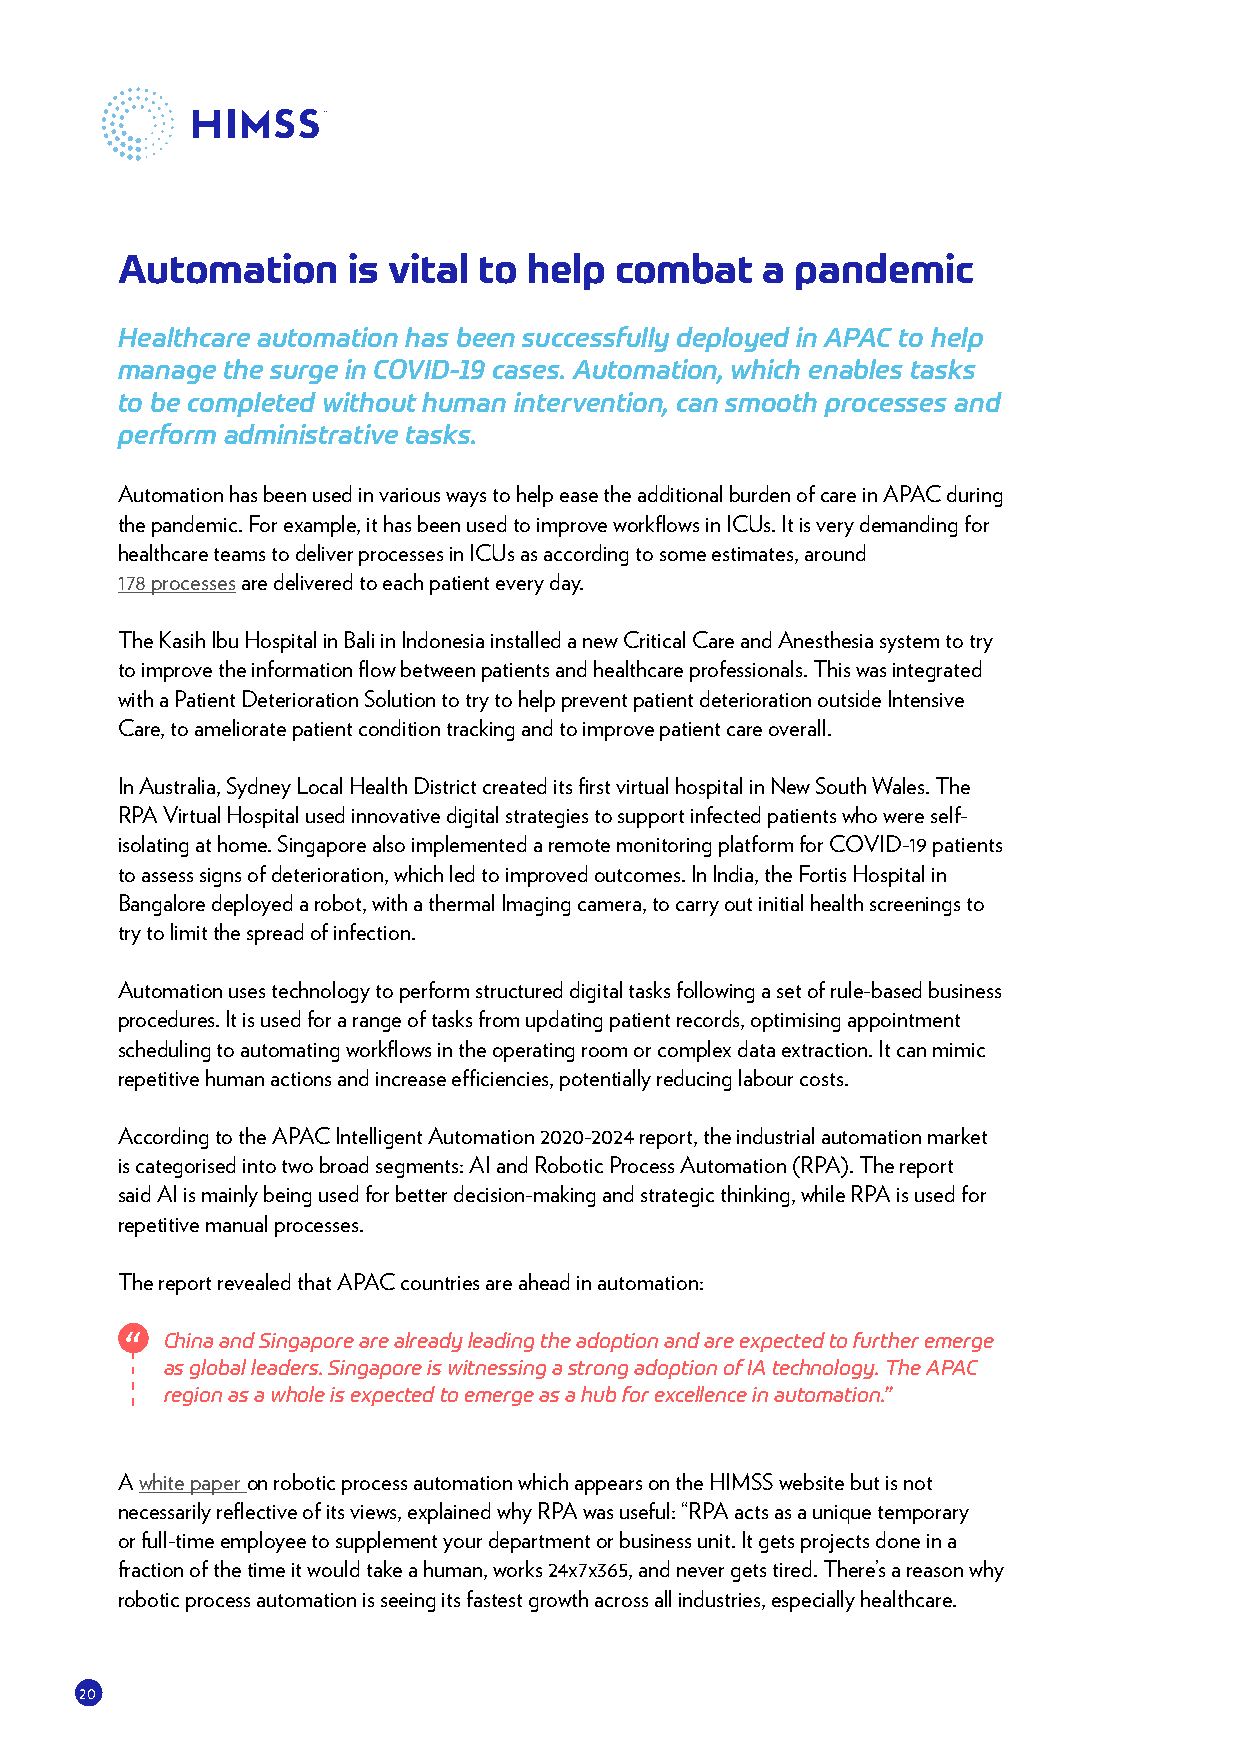
Automation     is vital to help  combat   a  pandemic
 Healthcare automation has been successfully deployed in APAC to help
 manage the surge in COVID-19 cases. Automation, which enables tasks
 to be completed without human intervention, can smooth processes and
 perform administrative tasks.
 Automation has been used in various ways to help ease the additional burden of care in APAC during
 the pandemic. For example, it has been used to improve workflows in ICUs. It is very demanding for
 healthcare teams to deliver processes in ICUs as according to some estimates, around
 178 processes are delivered to each patient every day.
 The Kasih Ibu Hospital in Bali in Indonesia installed a new Critical Care and Anesthesia system to try
 to improve the information flow between patients and healthcare professionals. This was integrated
 with a Patient Deterioration Solution to try to help prevent patient deterioration outside Intensive
 Care, to ameliorate patient condition tracking and to improve patient care overall.
 In Australia, Sydney Local Health District created its first virtual hospital in New South Wales. The
 RPA Virtual Hospital used innovative digital strategies to support infected patients who were self-
 isolating at home. Singapore also implemented a remote monitoring platform for COVID-19 patients
 to assess signs of deterioration, which led to improved outcomes. In India, the Fortis Hospital in
 Bangalore deployed a robot, with a thermal Imaging camera, to carry out initial health screenings to
 try to limit the spread of infection.
 Automation uses technology to perform structured digital tasks following a set of rule-based business
 procedures. It is used for a range of tasks from updating patient records, optimising appointment
 scheduling to automating workflows in the operating room or complex data extraction. It can mimic
 repetitive human actions and increase efficiencies, potentially reducing labour costs.
 According to the APAC Intelligent Automation 2020-2024 report, the industrial automation market
 is categorised into two broad segments: AI and Robotic Process Automation (RPA). The report
 said AI is mainly being used for better decision-making and strategic thinking, while RPA is used for
 repetitive manual processes.
 The report revealed that APAC countries are ahead in automation:
 C hina and Singapore are already leading the adoption and are expected to further emerge
 as global leaders. Singapore is witnessing a strong adoption of IA technology. The APAC
 region as a whole is expected to emerge as a hub for excellence in automation.”
 A white paper on robotic process automation which appears on the HIMSS website but is not
 necessarily reflective of its views, explained why RPA was useful: “RPA acts as a unique temporary
 or full-time employee to supplement your department or business unit. It gets projects done in a
 fraction of the time it would take a human, works 24x7x365, and never gets tired. There’s a reason why
 robotic process automation is seeing its fastest growth across all industries, especially healthcare.
 20